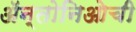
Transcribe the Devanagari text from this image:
ॲन्तोनिओची